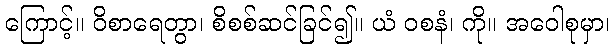
ကြောင့်။ ဝိစာရေတွာ၊ စိစစ်ဆင်ခြင်၍။ ယံ ဝစနံ၊ ကို။ အဝေါစုမှာ၊